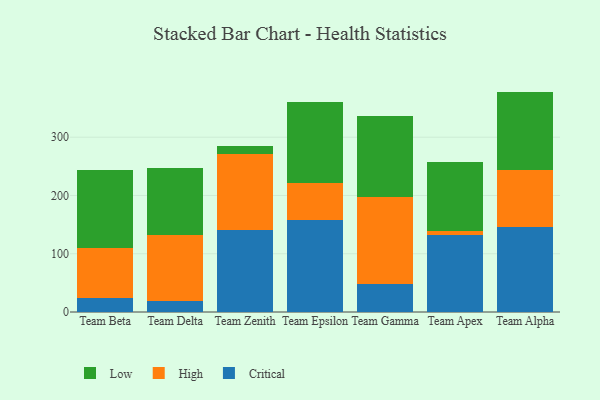
{"axis": {"x": "Team", "y": "Production Output"}, "legend": ["Critical", "High", "Low"], "data": [{"x": "Team Beta", "y": 23.2, "type": "Critical"}, {"x": "Team Beta", "y": 87.1, "type": "High"}, {"x": "Team Beta", "y": 133.5, "type": "Low"}, {"x": "Team Delta", "y": 18.6, "type": "Critical"}, {"x": "Team Delta", "y": 113.6, "type": "High"}, {"x": "Team Delta", "y": 115.6, "type": "Low"}, {"x": "Team Zenith", "y": 140.6, "type": "Critical"}, {"x": "Team Zenith", "y": 131.4, "type": "High"}, {"x": "Team Zenith", "y": 13.1, "type": "Low"}, {"x": "Team Epsilon", "y": 157.2, "type": "Critical"}, {"x": "Team Epsilon", "y": 64.2, "type": "High"}, {"x": "Team Epsilon", "y": 139.0, "type": "Low"}, {"x": "Team Gamma", "y": 48.7, "type": "Critical"}, {"x": "Team Gamma", "y": 149.2, "type": "High"}, {"x": "Team Gamma", "y": 138.4, "type": "Low"}, {"x": "Team Apex", "y": 131.8, "type": "Critical"}, {"x": "Team Apex", "y": 7.1, "type": "High"}, {"x": "Team Apex", "y": 118.6, "type": "Low"}, {"x": "Team Alpha", "y": 145.8, "type": "Critical"}, {"x": "Team Alpha", "y": 97.6, "type": "High"}, {"x": "Team Alpha", "y": 134.9, "type": "Low"}]}